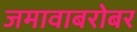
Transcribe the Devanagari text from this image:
जमावाबरोबर